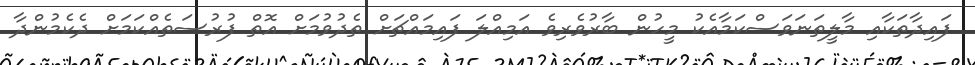
ފައިދާތަކާއި މާލީތަނަވަސްކަމާއެކު މީހުން ބާރުވެރިވެ އަމިއްލަ ފައިމައްޗަށް ތެދުވުމަށް އޮތް ފުރުސަތެއްކަމަށް ދެކެމުންދާ